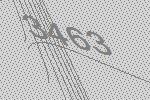
3463